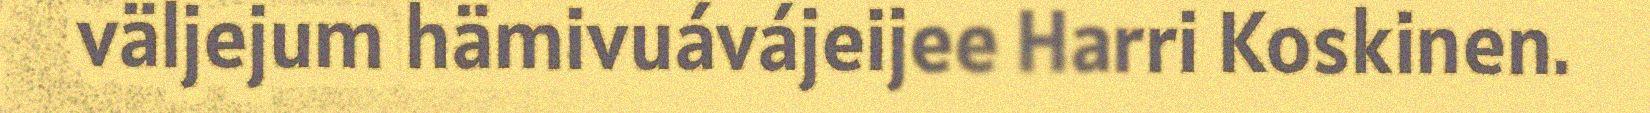
väljejum hämivuávájeijee Harri Koskinen.